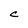
Character: C